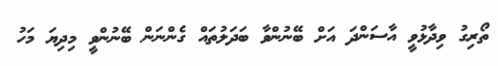
ތޯރިގު ވިދާޅުވީ އާސަންދަ އަށް ބޭނުންވާ ބަދަލުތައް ގެންނަން ބޭނުންވީ މިދިޔަ މަހު